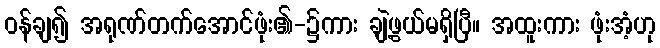
ဝန်ချ၍ အရုဏ်တက်အောင်ဖုံး၏-၌ကား ချဲ့ဖွယ်မရှိပြီ။ အထူးကား ဖုံးအံ့ဟု